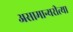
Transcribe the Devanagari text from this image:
असामान्यरीत्या